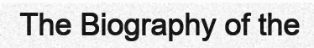
The Biography of the